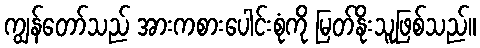
ကျွန်တော်သည် အားကစားပေါင်းစုံကို မြတ်နိုးသူဖြစ်သည်။